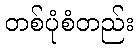
တစ်ပုံစံတည်း